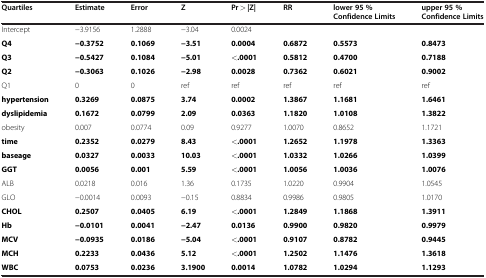
<table><thead><tr><td><b>Quartiles</b></td><td><b>Estimate</b></td><td><b>Error</b></td><td><b>Z</b></td><td><b>Pr &gt; |Z|</b></td><td><b>RR</b></td><td><b>lower 95 % Confidence Limits</b></td><td><b>upper 95 % Confidence Limits</b></td></tr></thead><tbody><tr><td>Intercept</td><td>−3.9156</td><td>1.2888</td><td>−3.04</td><td>0.0024</td><td> </td><td> </td><td> </td></tr><tr><td><b>Q4</b></td><td><b>−0.3752</b></td><td><b>0.1069</b></td><td><b>−3.51</b></td><td><b>0.0004</b></td><td><b>0.6872</b></td><td><b>0.5573</b></td><td><b>0.8473</b></td></tr><tr><td><b>Q3</b></td><td><b>−0.5427</b></td><td><b>0.1084</b></td><td><b>−5.01</b></td><td><b>&lt;.0001</b></td><td><b>0.5812</b></td><td><b>0.4700</b></td><td><b>0.7188</b></td></tr><tr><td><b>Q2</b></td><td><b>−0.3063</b></td><td><b>0.1026</b></td><td><b>−2.98</b></td><td><b>0.0028</b></td><td><b>0.7362</b></td><td><b>0.6021</b></td><td><b>0.9002</b></td></tr><tr><td>Q1</td><td>0</td><td>0</td><td>ref</td><td>ref</td><td>ref</td><td>ref</td><td>ref</td></tr><tr><td><b>hypertension</b></td><td><b>0.3269</b></td><td><b>0.0875</b></td><td><b>3.74</b></td><td><b>0.0002</b></td><td><b>1.3867</b></td><td><b>1.1681</b></td><td><b>1.6461</b></td></tr><tr><td><b>dyslipidemia</b></td><td><b>0.1672</b></td><td><b>0.0799</b></td><td><b>2.09</b></td><td><b>0.0363</b></td><td><b>1.1820</b></td><td><b>1.0108</b></td><td><b>1.3822</b></td></tr><tr><td>obesity</td><td>0.007</td><td>0.0774</td><td>0.09</td><td>0.9277</td><td>1.0070</td><td>0.8652</td><td>1.1721</td></tr><tr><td><b>time</b></td><td><b>0.2352</b></td><td><b>0.0279</b></td><td><b>8.43</b></td><td><b>&lt;.0001</b></td><td><b>1.2652</b></td><td><b>1.1978</b></td><td><b>1.3363</b></td></tr><tr><td><b>baseage</b></td><td><b>0.0327</b></td><td><b>0.0033</b></td><td><b>10.03</b></td><td><b>&lt;.0001</b></td><td><b>1.0332</b></td><td><b>1.0266</b></td><td><b>1.0399</b></td></tr><tr><td><b>GGT</b></td><td><b>0.0056</b></td><td><b>0.001</b></td><td><b>5.59</b></td><td><b>&lt;.0001</b></td><td><b>1.0056</b></td><td><b>1.0036</b></td><td><b>1.0076</b></td></tr><tr><td>ALB</td><td>0.0218</td><td>0.016</td><td>1.36</td><td>0.1735</td><td>1.0220</td><td>0.9904</td><td>1.0545</td></tr><tr><td>GLO</td><td>−0.0014</td><td>0.0093</td><td>−0.15</td><td>0.8834</td><td>0.9986</td><td>0.9805</td><td>1.0170</td></tr><tr><td><b>CHOL</b></td><td><b>0.2507</b></td><td><b>0.0405</b></td><td><b>6.19</b></td><td><b>&lt;.0001</b></td><td><b>1.2849</b></td><td><b>1.1868</b></td><td><b>1.3911</b></td></tr><tr><td><b>Hb</b></td><td><b>−0.0101</b></td><td><b>0.0041</b></td><td><b>−2.47</b></td><td><b>0.0136</b></td><td><b>0.9900</b></td><td><b>0.9820</b></td><td><b>0.9979</b></td></tr><tr><td><b>MCV</b></td><td><b>−0.0935</b></td><td><b>0.0186</b></td><td><b>−5.04</b></td><td><b>&lt;.0001</b></td><td><b>0.9107</b></td><td><b>0.8782</b></td><td><b>0.9445</b></td></tr><tr><td><b>MCH</b></td><td><b>0.2233</b></td><td><b>0.0436</b></td><td><b>5.12</b></td><td><b>&lt;.0001</b></td><td><b>1.2502</b></td><td><b>1.1476</b></td><td><b>1.3618</b></td></tr><tr><td><b>WBC</b></td><td><b>0.0753</b></td><td><b>0.0236</b></td><td><b>3.1900</b></td><td><b>0.0014</b></td><td><b>1.0782</b></td><td><b>1.0294</b></td><td><b>1.1293</b></td></tr></tbody></table>